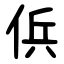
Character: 㑟